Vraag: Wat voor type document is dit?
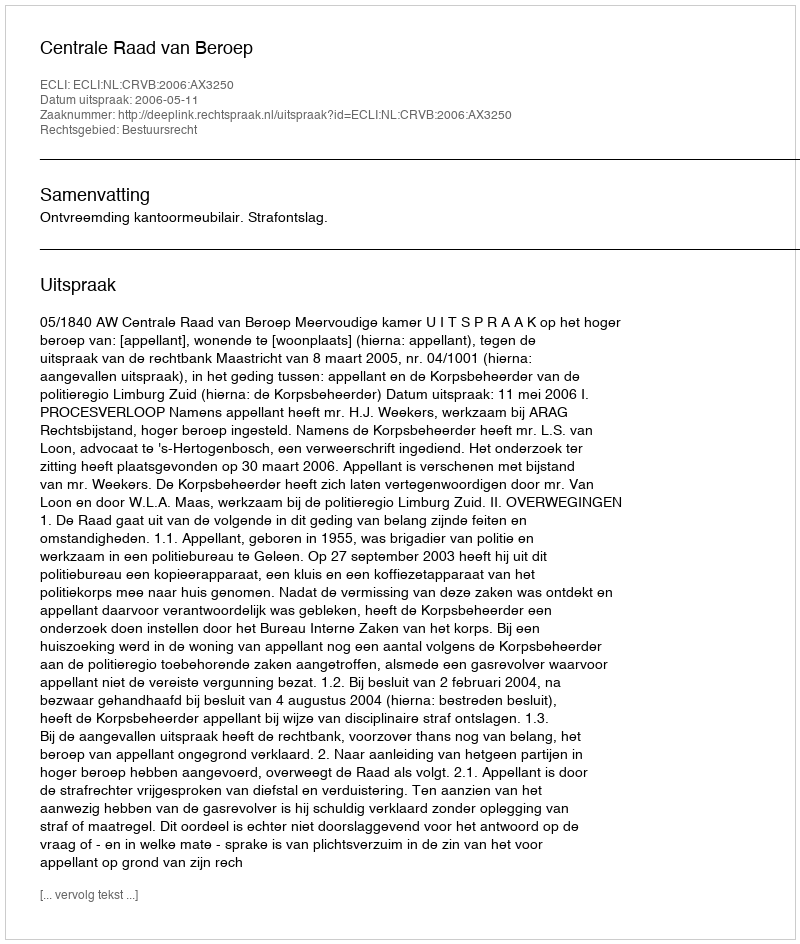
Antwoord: Uitspraak